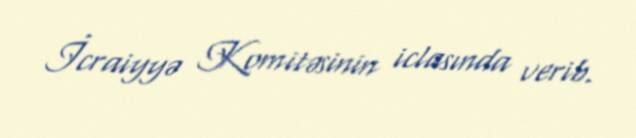
İcraiyyə Komitəsinin iclasında verib.